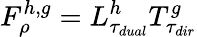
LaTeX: F_{\rho}^{h,g}=L_{\tau_{dual}}^{h}T_{\tau_{dir}}^{g}